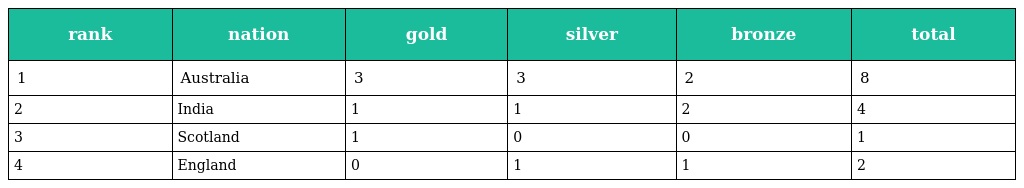
| rank | nation | gold | silver | bronze | total |
 | --- | --- | --- | --- | --- | --- |
 | 1 | Australia | 3 | 3 | 2 | 8 |
 | 2 | India | 1 | 1 | 2 | 4 |
 | 3 | Scotland | 1 | 0 | 0 | 1 |
 | 4 | England | 0 | 1 | 1 | 2 |